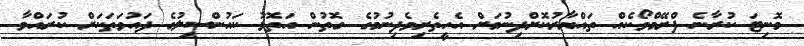
މޮނިޓަ ކުރާނެ ފްރޭމްވޯކެއް ތައްޔާރުކޮށްދިނުމަށް އެހީތެރިވެދިނުމުގެ ގޮތުން އަތޮޅު ކައުންސިލުގެ ދައުވަތަކަށް ކުރައްވާ